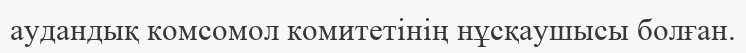
аудандық комсомол комитетінің нұсқаушысы болған.